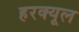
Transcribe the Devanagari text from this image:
हरक्यूल